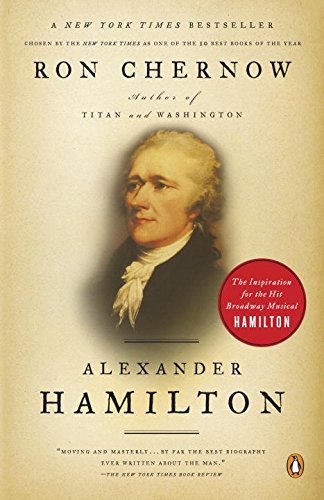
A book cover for Alexander Hamilton; Ron Chernow; Biographies & Memoirs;